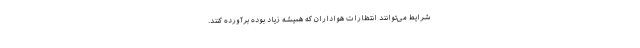
شرایط می‌توانند انتظارات هواداران که همیشه زیاد بوده برآورده کنند.